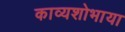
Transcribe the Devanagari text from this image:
काव्यशोभाया